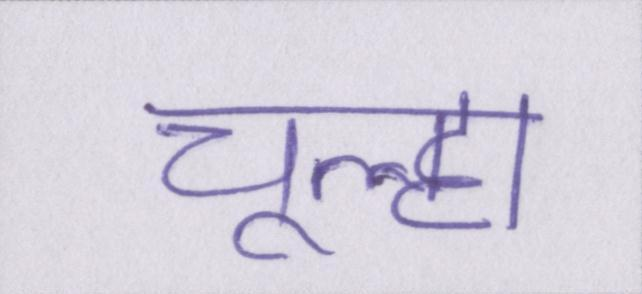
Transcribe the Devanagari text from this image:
चूल्हा